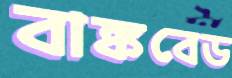
বাঙ্কবেড